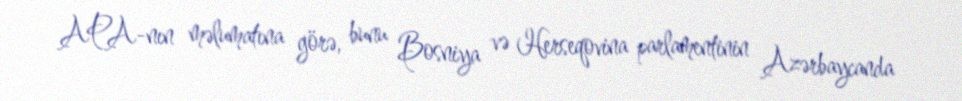
APA-nın məlumatına görə, bunu Bosniya və Herseqovina parlamentinin Azərbaycanda